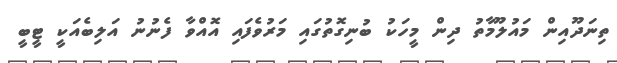
ތިނަދޫއިން މައުލޫމާތު ދިން މީހަކު ބުނިގޮތުގައި މަރުވެފައި އޮއްވާ ފެނުނު އަލިބެއަކީ ޓީބީ